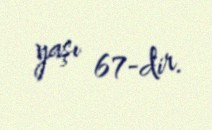
yaşı 67-dir.